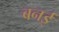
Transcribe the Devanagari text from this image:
बनई